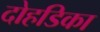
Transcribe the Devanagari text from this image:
दोहडिका